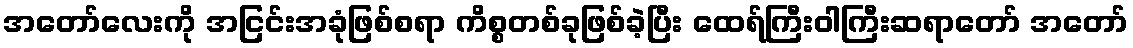
အတော်လေးကို အငြင်းအခုံဖြစ်စရာ ကိစ္စတစ်ခုဖြစ်ခဲ့ပြီး ထေရ်ကြီးဝါကြီးဆရာတော် အတော်